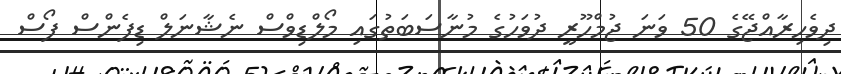
ދިވެހިރާއްޖޭގެ 50 ވަނަ ޖުމްހޫރީ ދުވަހުގެ މުނާސަބަތުގައި މޯލްޑިވްސް ނެޝާނަލް ޑިފެންސް ފޯސް